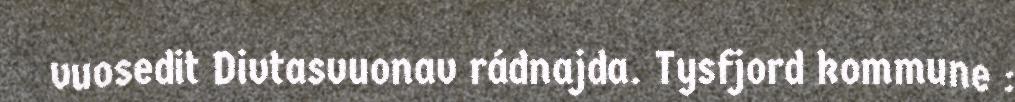
vuosedit Divtasvuonav rádnajda. Tysfjord kommune :